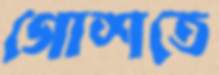
গোশতে